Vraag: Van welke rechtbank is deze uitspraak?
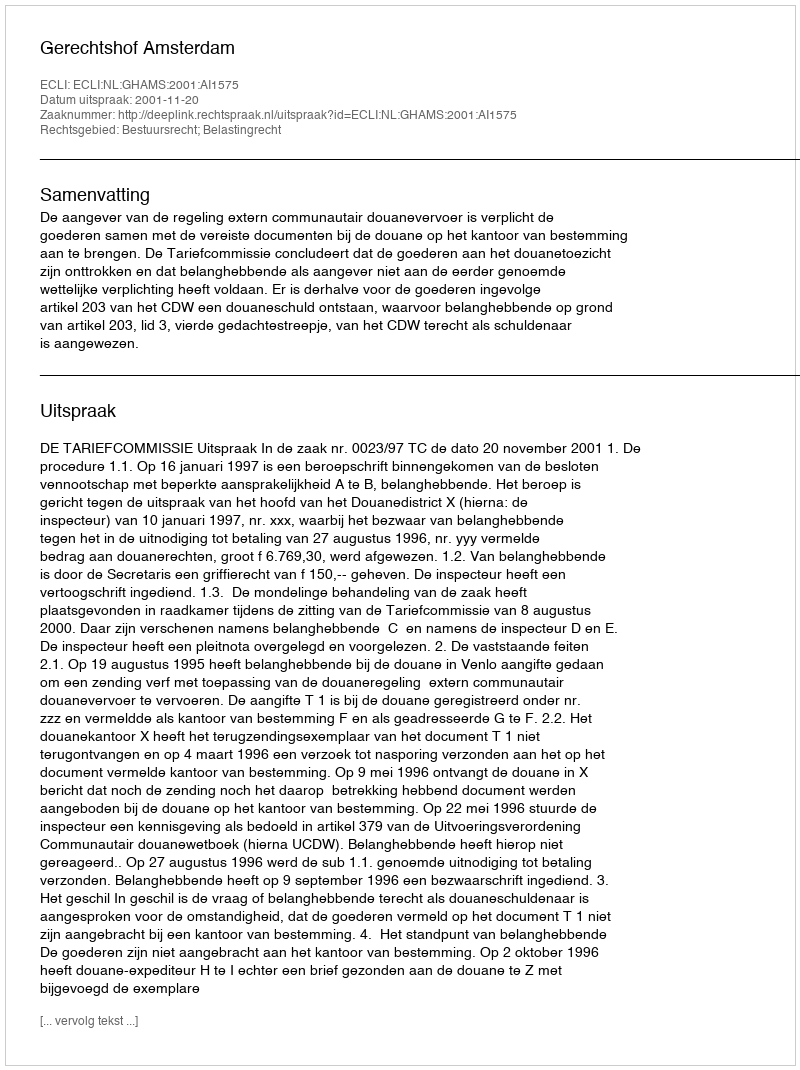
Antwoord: Gerechtshof Amsterdam